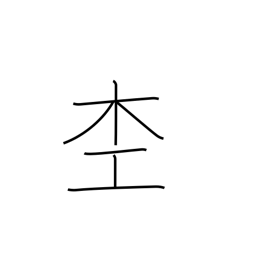
Meaning: woodworker